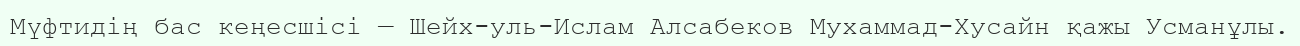
Мүфтидің бас кеңесшісі — Шейх-уль-Ислам Алсабеков Мухаммад-Хусайн қажы Усманұлы.